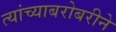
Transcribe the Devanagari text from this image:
त्यांच्याबरोबरीने